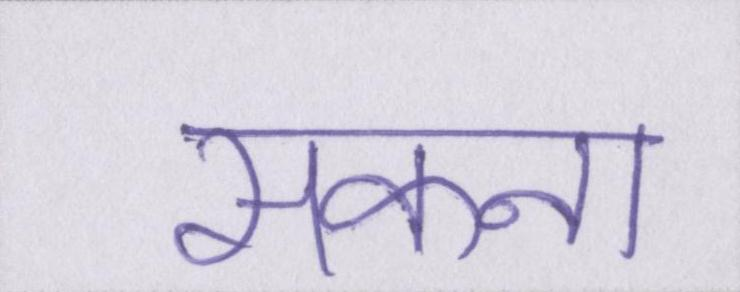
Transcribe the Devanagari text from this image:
सकना